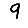
Digit: 9